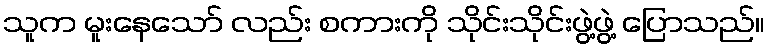
သူက မူးနေသော် လည်း စကားကို သိုင်းသိုင်းဖွဲ့ဖွဲ့ ပြောသည်။